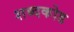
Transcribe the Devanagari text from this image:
शब्दकोड